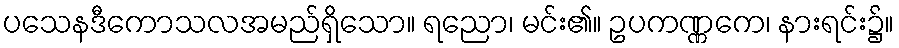
ပသေနဒီကောသလအမည်ရှိသော။ ရညော၊ မင်း၏။ ဥပကဏ္ဏကေ၊ နားရင်း၌။